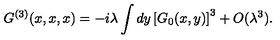
G ^ { ( 3 ) } ( x , x , x ) = - i \lambda \int d y \left[ G _ { 0 } ( x , y ) \right] ^ { 3 } + O ( \lambda ^ { 3 } ) .